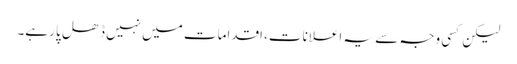
لیکن کسی وجہ سے یہ اعلانات، اقدامات میں نہیں ڈھل پا رہے۔